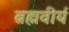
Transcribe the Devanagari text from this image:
ब्रह्मवीर्य